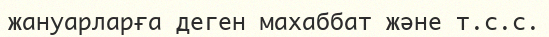
жануарларға деген махаббат және т.с.с.